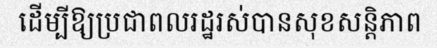
ដើម្បីឱ្យប្រជាពលរដ្ឋរស់បានសុខសន្តិភាព